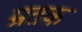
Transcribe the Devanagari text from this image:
म्रतक